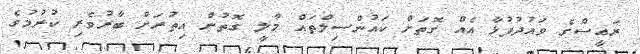
ރައީސްގެ ވައުދުފުޅާ އެއް ގޮތަށް ކައުންސިލްތައް މާލީ ގޮތުން އިތުރަށް ބާރުވެރި ކުރުމުގެ